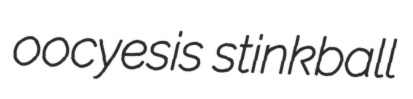
oocyesis stinkball